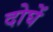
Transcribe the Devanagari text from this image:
दोघें